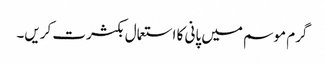
گرم موسم میں پانی کا استعمال بکثرت کریں۔